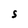
Character: s